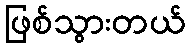
ဖြစ်သွားတယ်